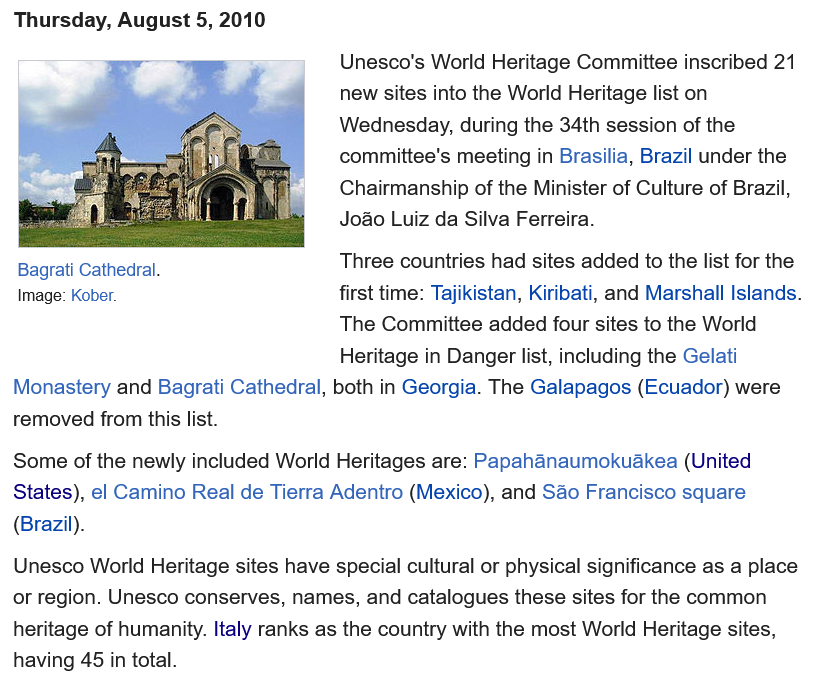
Thursday, August 5, 2010
     Unesco's World Heritage Committee inscribed 21
     new sites into the World Heritage list on
     Wednesday,  during the 34th session of the
     committee's meeting in Brasilia, Brazil under the
     Chairmanship of the Minister of Culture of Brazil,
     Joao Luiz da Silva Ferreira.
     Three countries had sites added to the list for the
     first time: Tajikistan, Kiribati, and Marshall Islands.
     The Committee added four sites to the World
     Heritage in Danger list, including the Gelati
  Unesco World Heritage sites have special cultural or physical significance as a place
  or region. Unesco conserves, names, and catalogues these sites for the common
  heritage of humanity. Italy ranks as the country with the most World Heritage sites,
  having 45 in total.
  Some of the newly included World Heritages are: Papahanaumokuakea (United
  States), el Camino Real de Tierra Adentro (Mexico), and Sao Francisco square
  (Brazil).
  Monastery and Bagrati Cathedral, both in Georgia. The Galapagos (Ecuador) were
  removed from this list.
  Image: Kober.
  Bagrati Cathedral.